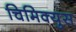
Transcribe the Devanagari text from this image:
चिमिक्युस